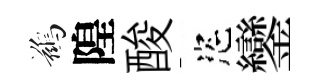
鷀隍酸恣鑾